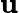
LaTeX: \mathbf{u}